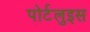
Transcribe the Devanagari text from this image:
पोर्टलुइस